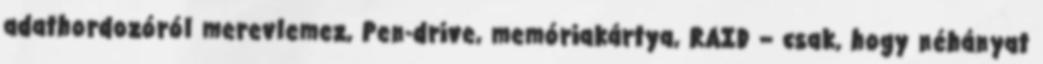
adathordozóról merevlemez, Pen-drive, memóriakártya, RAID – csak, hogy néhányat